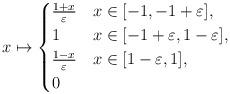
LaTeX: \begin{align*} x \mapsto \begin{cases} \frac{1+x}{\varepsilon} & x \in [-1,-1+\varepsilon], \\ 1 & x \in [-1+\varepsilon,1-\varepsilon], \\ \frac{1-x}{\varepsilon} & x \in [1-\varepsilon, 1], \\ 0 & \end{cases}\end{align*}